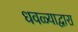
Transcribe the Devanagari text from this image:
धवळ्याद्वारा